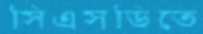
সিএসডিতে